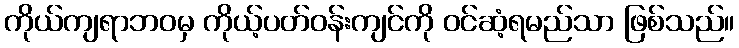
ကိုယ်ကျရာဘဝမှ ကိုယ့်ပတ်ဝန်းကျင်ကို ဝင်ဆံ့ရမည်သာ ဖြစ်သည်။